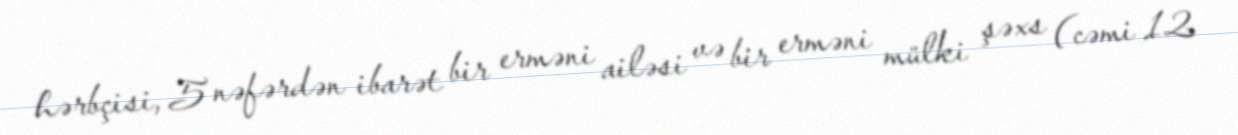
hərbçisi, 5 nəfərdən ibarət bir erməni ailəsi və bir erməni mülki şəxs (cəmi 12